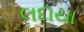
લદાયા